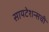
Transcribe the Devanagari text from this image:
सायटेशन्सची